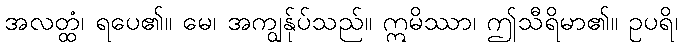
အလတ္ထံ၊ ရပေ၏။ မေ၊ အကျွန်ုပ်သည်။ ဣမိဿာ၊ ဤသီရိမာ၏။ ဥပရိ၊